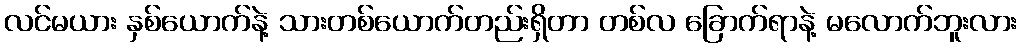
လင်မယား နှစ်ယောက်နဲ့ သားတစ်ယောက်တည်းရှိတာ တစ်လ ခြောက်ရာနဲ့ မလောက်ဘူးလား